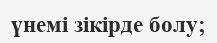
үнемі зікірде болу;